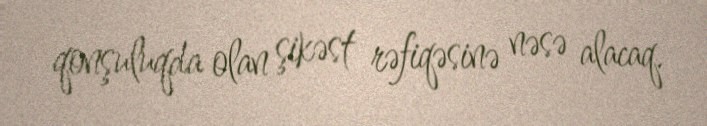
qonşuluqda olan şikəst rəfiqəsinə nəsə alacaq.